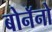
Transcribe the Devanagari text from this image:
बोनॅनो